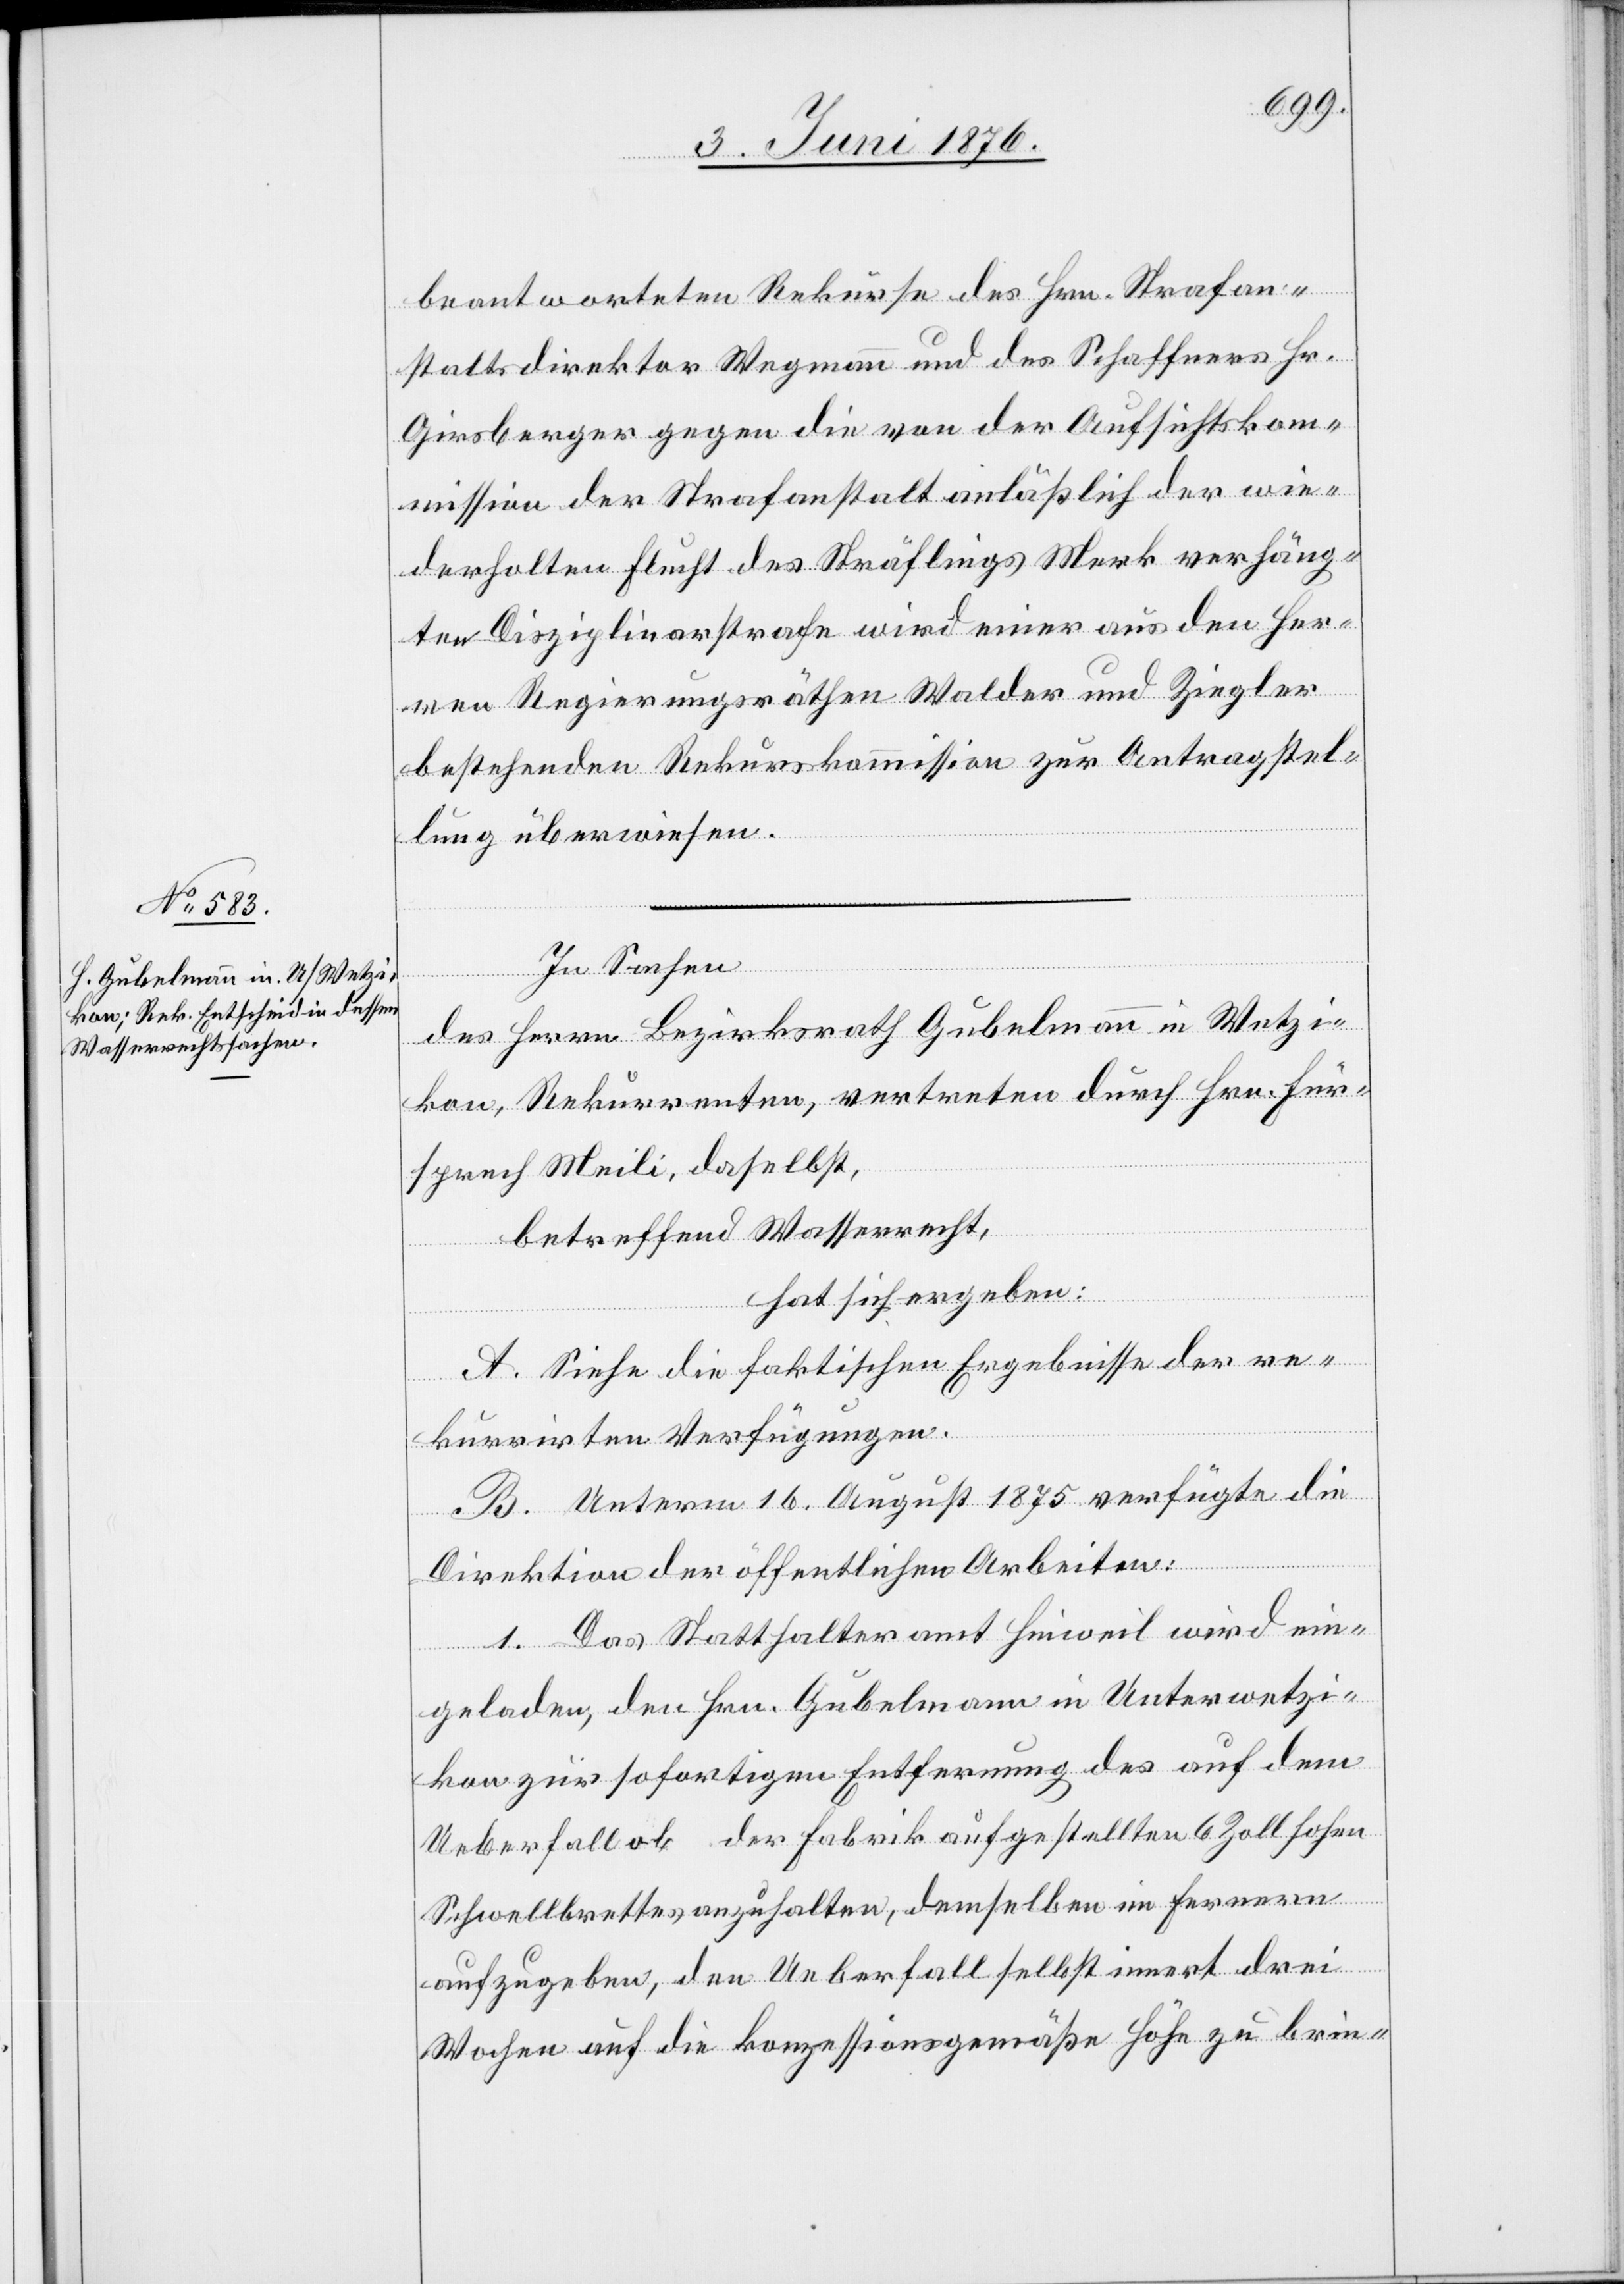
beantworteten Rekurse des Hrn. Strafan¬
staltsdirektor Wegmann und des Schaffners Hr.
Girsberger gegen die von der Aufsichtskom¬
mission der Strafanstalt anläßlich der wie¬
derholten Flucht des Sträflings Merk verhäng¬
ten Disziplinarstrafe wird einer aus den Her¬
ren Regierungsräthen Walder und Ziegler
bestehenden Rekurskommission zur Antragstel¬
lung überwiesen.
In Sachen
des Herrn Bezirksrath Gubelmann in Wetzi¬
kon, Rekurrenten, vertreten durch Hrn. Für¬
sprech Meili, daselbst,
betreffend Wasserrecht,
hat sich ergeben:
A. Siehe die faktischen Ergebnisse der re¬
kurrirten Verfügungen.
B. Unterm 16. August 1875 verfügte die
Direktion der öffentlichen Arbeiten:
1. Das Statthalteramt Hinweil wird ein¬
geladen, den Hrn. Gubelmann in Unterwetzi¬
kon zur sofortigen Entfernung des auf dem
Ueberfall ob der Fabrik aufgestellten 6 Zoll hohen
Schwellbrettes anzuhalten, demselben im Fernern
aufzugeben, den Ueberfall selbst innert drei
Wochen auf die konzessionsgemäße Höhe zu brin-